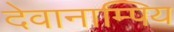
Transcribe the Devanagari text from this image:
देवानाम्पिय